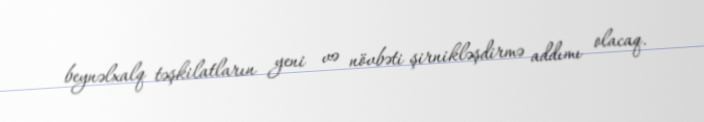
beynəlxalq təşkilatların yeni və növbəti şirnikləşdirmə addımı olacaq.